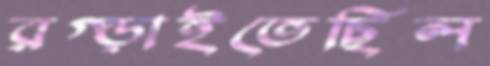
রগ্‌ড়াইতেছিল